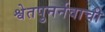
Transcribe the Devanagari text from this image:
श्वेतपुनर्नवाची